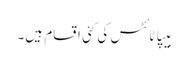
ہیپاٹائٹس کی کئی اقسام ہیں۔